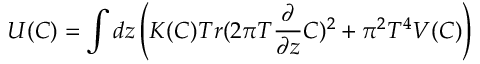
U ( C ) = \int d z \left( K ( C ) T r ( 2 \pi T { \frac { \partial } { \partial z } } C ) ^ { 2 } + \pi ^ { 2 } T ^ { 4 } V ( C ) \right)